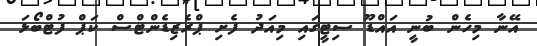
އޭނާ މިހެން ބުނީ އައްޑޫ ސިޓީގައި މިއަދު ފެށި ޕްރެޒިޑެންޓްސް ކަޕް ފުޓްބޯޅަ